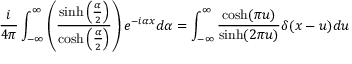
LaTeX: \frac { i } { 4 \pi } \int _ { - \infty } ^ { \infty } \left( \frac { \sinh \left( \frac { \alpha } { 2 } \right) } { \cosh \left( \frac { \alpha } { 2 } \right) } \right) e ^ { - i \alpha x } d \alpha = \int _ { - \infty } ^ { \infty } \frac { \cosh ( \pi u ) } { \sinh ( 2 \pi u ) } \delta ( x - u ) d u